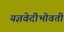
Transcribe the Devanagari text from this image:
यज्ञवेदीभोवती